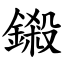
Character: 鎩